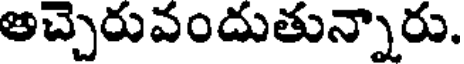
అచ్చెరువందుతున్నారు.